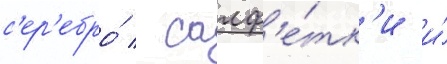
с'ер'ебро́ / салф'е́тк'и и́